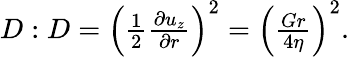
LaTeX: \begin{array}{r}{D:D=\left(\frac{1}{2}\frac{\partial u_{z}}{\partial r}\right)^{2}=\left(\frac{Gr}{4\eta}\right)^{2}.}\end{array}